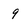
Character: 9